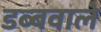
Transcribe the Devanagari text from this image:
डब्बवाले